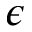
\epsilon